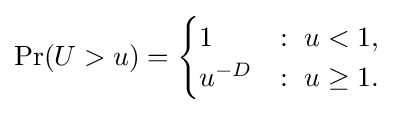
\Pr(U>u)={\begin{cases}1&:\ u<1,\\u^{-D}&:\ u\geq 1.\end{cases}}